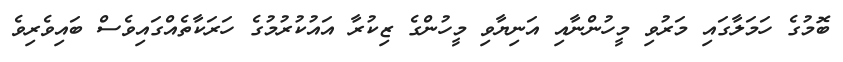
ބޮމުގެ ހަމަލާގައި މަރުވި މީހުންނާއި އަނިޔާވި މީހުންގެ ޒިކުރާ އައުކުރުމުގެ ހަރަކާތެއްގައިވެސް ބައިވެރިވެ